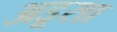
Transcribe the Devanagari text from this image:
अडूसा